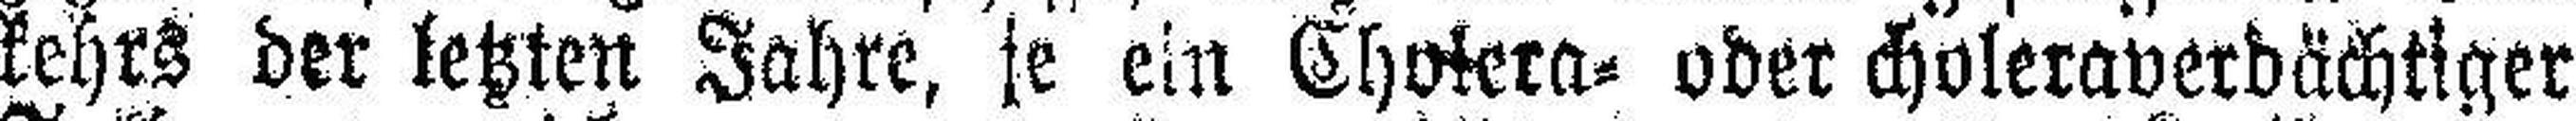
kehrs der letzten Jahre, je ein Cholera= oder choleraverdächtiger